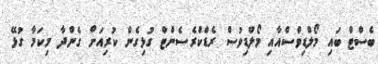
ބެސްޓް ބައި މޯލްޑިވްސްއާއި މޯލްޑިވުސް ރެޑްކްރެސެންޓް ގުޅިގެން ކުރިއަށް ގެންދާ މިކަމާ ގުޅޭ